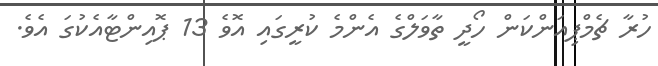
ހުރާ ޗެމްޕިއަންކަން ހޯދީ ތާވަލްގެ އެންމެ ކުރީގައި އޮވެ 13 ޕޮއިންޓާއެކުގަ އެވެ.